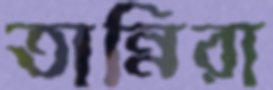
তান্নিরা